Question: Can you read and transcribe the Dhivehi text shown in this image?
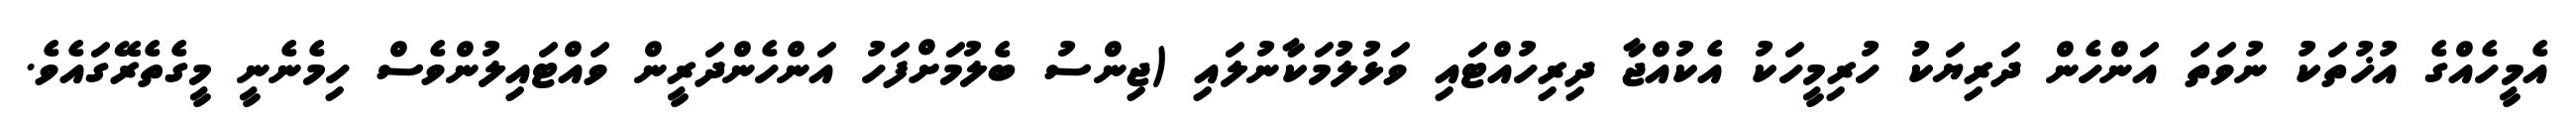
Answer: އެމީހެއްގެ އުޚުތަކު ނުވަތަ އަންހެން ދަރިޔަކު ހުރިމީހަކު އެކުއްޖާ ދިރިހުއްޓައި ވަޅުލުމަކާނުލައި (ޖިންސު ބެލުމަށްފަހު އަންހެންދަރީން ވައްޓައިލުންވެސް ހިމެނެނީ މީގެތެރޭގައެވެ.